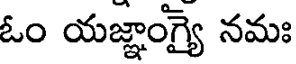
ఓం యజ్ఞాంగ్యై నమః